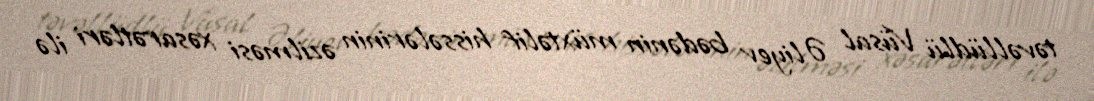
təvəllüdlü Vüsal Əliyev bədənin müxtəlif hissələrinin əzilməsi xəsarətləri ilə